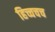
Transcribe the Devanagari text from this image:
हिच्चचच